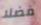
فضلا